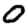
Digit: 0